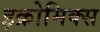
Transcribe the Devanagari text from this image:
इक्रोमिक्स